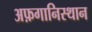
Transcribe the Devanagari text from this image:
अफ़गानिस्थान